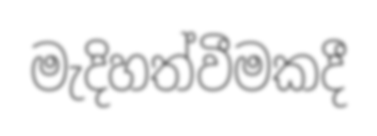
මැදිහත්වීමකදී